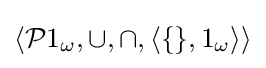
\langle {\mathcal {P}}1_{\omega },\cup ,\cap ,\langle \{\},1_{\omega }\rangle \rangle